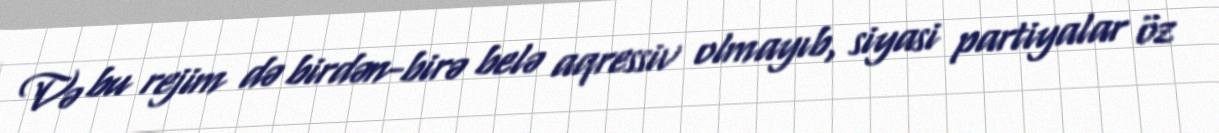
Və bu rejim də birdən-birə belə aqressiv olmayıb, siyasi partiyalar öz